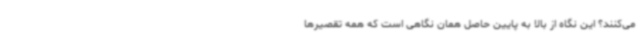
می‌کنند؟ این نگاه از بالا به پایین حاصل همان نگاهی است که همه تقصیرها